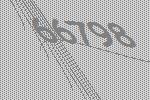
66798